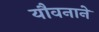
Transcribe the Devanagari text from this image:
यौवनाने